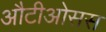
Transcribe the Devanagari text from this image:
औटीओसस